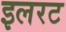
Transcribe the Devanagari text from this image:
इलरट